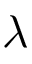
\lambda